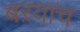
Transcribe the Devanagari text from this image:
बऱयाच